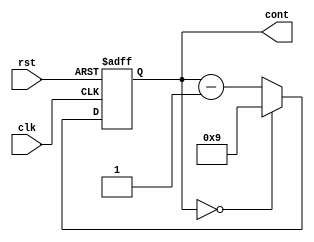
module ContM10(
input clk,
input rst,
output reg [3:0] cont
);

always @(posedge clk, negedge rst)
	begin
		if(rst == 0)
			cont = 9;
		else
			begin
				if(cont == 0)
					cont = 9;
				else
					cont = cont - 1;
			end
	end
endmodule